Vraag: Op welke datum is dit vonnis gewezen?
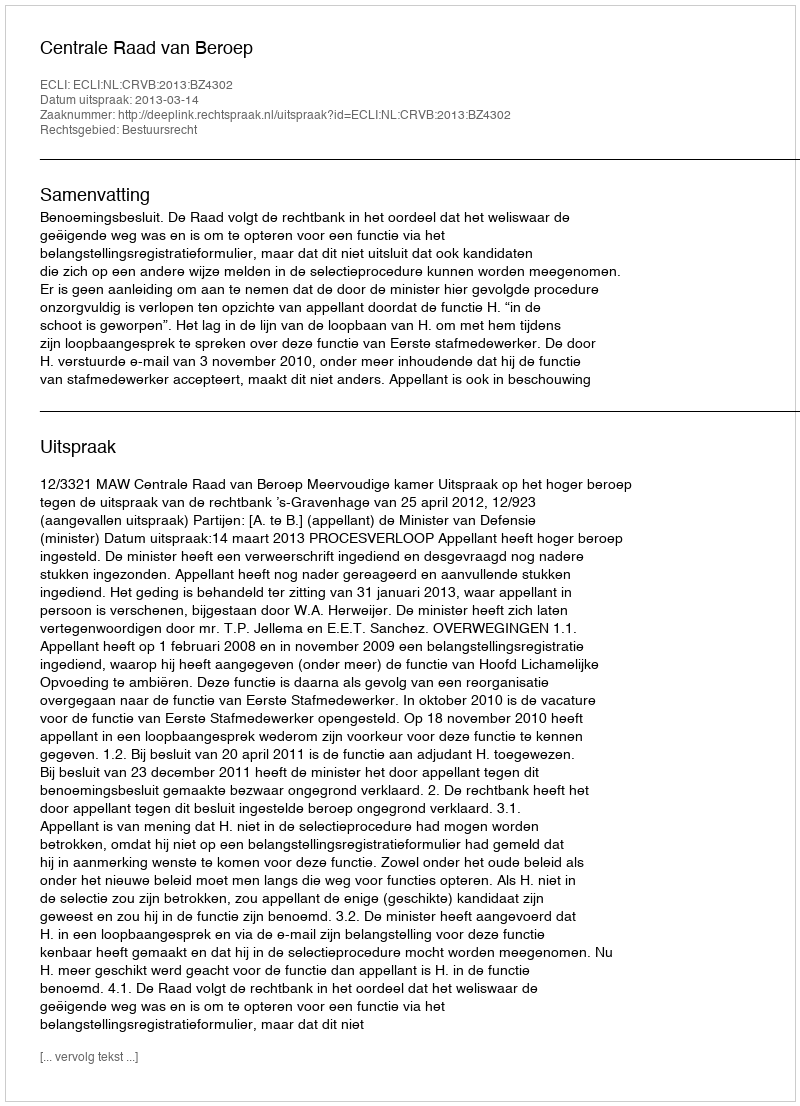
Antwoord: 2013-03-14